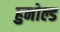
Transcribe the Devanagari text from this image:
हुनोल्ड